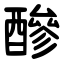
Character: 醦